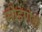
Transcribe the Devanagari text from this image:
सोडणेही